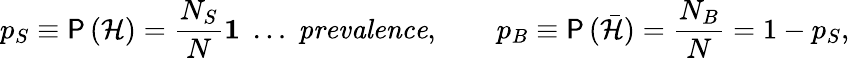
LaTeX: p_{S}\equiv\mathsf{P}\, (\mathcal{H})=\frac{N_{S}}{N}\le 1\; \ldots\; \mathit{prevalence},\qquad p_{B}\equiv\mathsf{P}\, (\bar{\mathcal{H}})=\frac{N_{B}}{N}=1-p_{S},